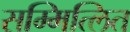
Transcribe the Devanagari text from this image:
सम्मित्लित